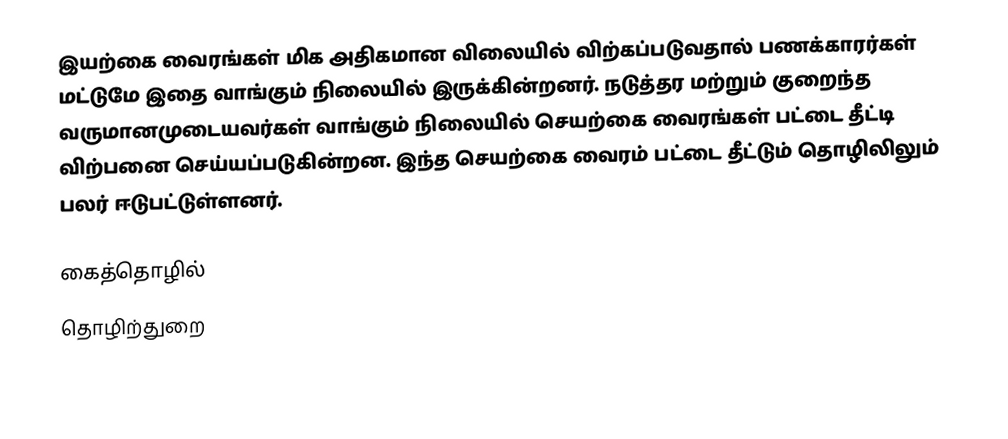
இயற்கை வைரங்கள் மிக அதிகமான விலையில் விற்கப்படுவதால் பணக்காரர்கள் மட்டுமே இதை வாங்கும் நிலையில் இருக்கின்றனர். நடுத்தர மற்றும் குறைந்த வருமானமுடையவர்கள் வாங்கும் நிலையில் செயற்கை வைரங்கள் பட்டை தீட்டி விற்பனை செய்யப்படுகின்றன. இந்த செயற்கை வைரம் பட்டை தீட்டும் தொழிலிலும் பலர் ஈடுபட்டுள்ளனர்.

கைத்தொழில்
தொழிற்துறை